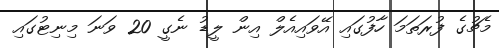
މެޗުގެ ފުރަތަމަ ހާފުގައި އޭވައިއެލް އިން ލީޑު ނެގީ 20 ވަނަ މިނިޓުގައި